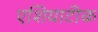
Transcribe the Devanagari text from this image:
एशियाटीक